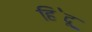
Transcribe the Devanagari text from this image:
हि॓दू